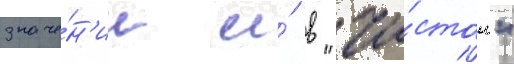
значе́н'ии и́ в "чи́стом"